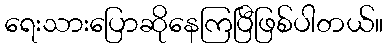
ရေးသားပြောဆိုနေကြပြီဖြစ်ပါတယ်။